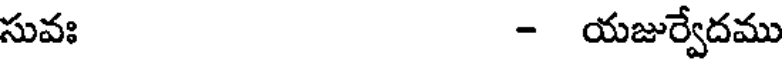
సువః - యజుర్వేదము